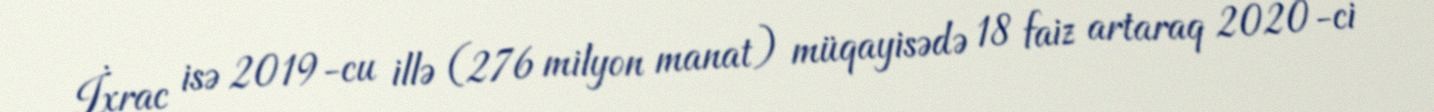
İxrac isə 2019-cu illə (276 milyon manat) müqayisədə 18 faiz artaraq 2020-ci